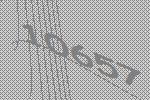
10657